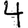
Digit: 4